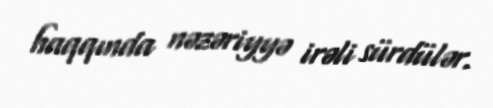
haqqında nəzəriyyə irəli sürdülər.